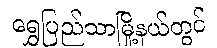
ရွှေပြည်သာမြို့နယ်တွင်